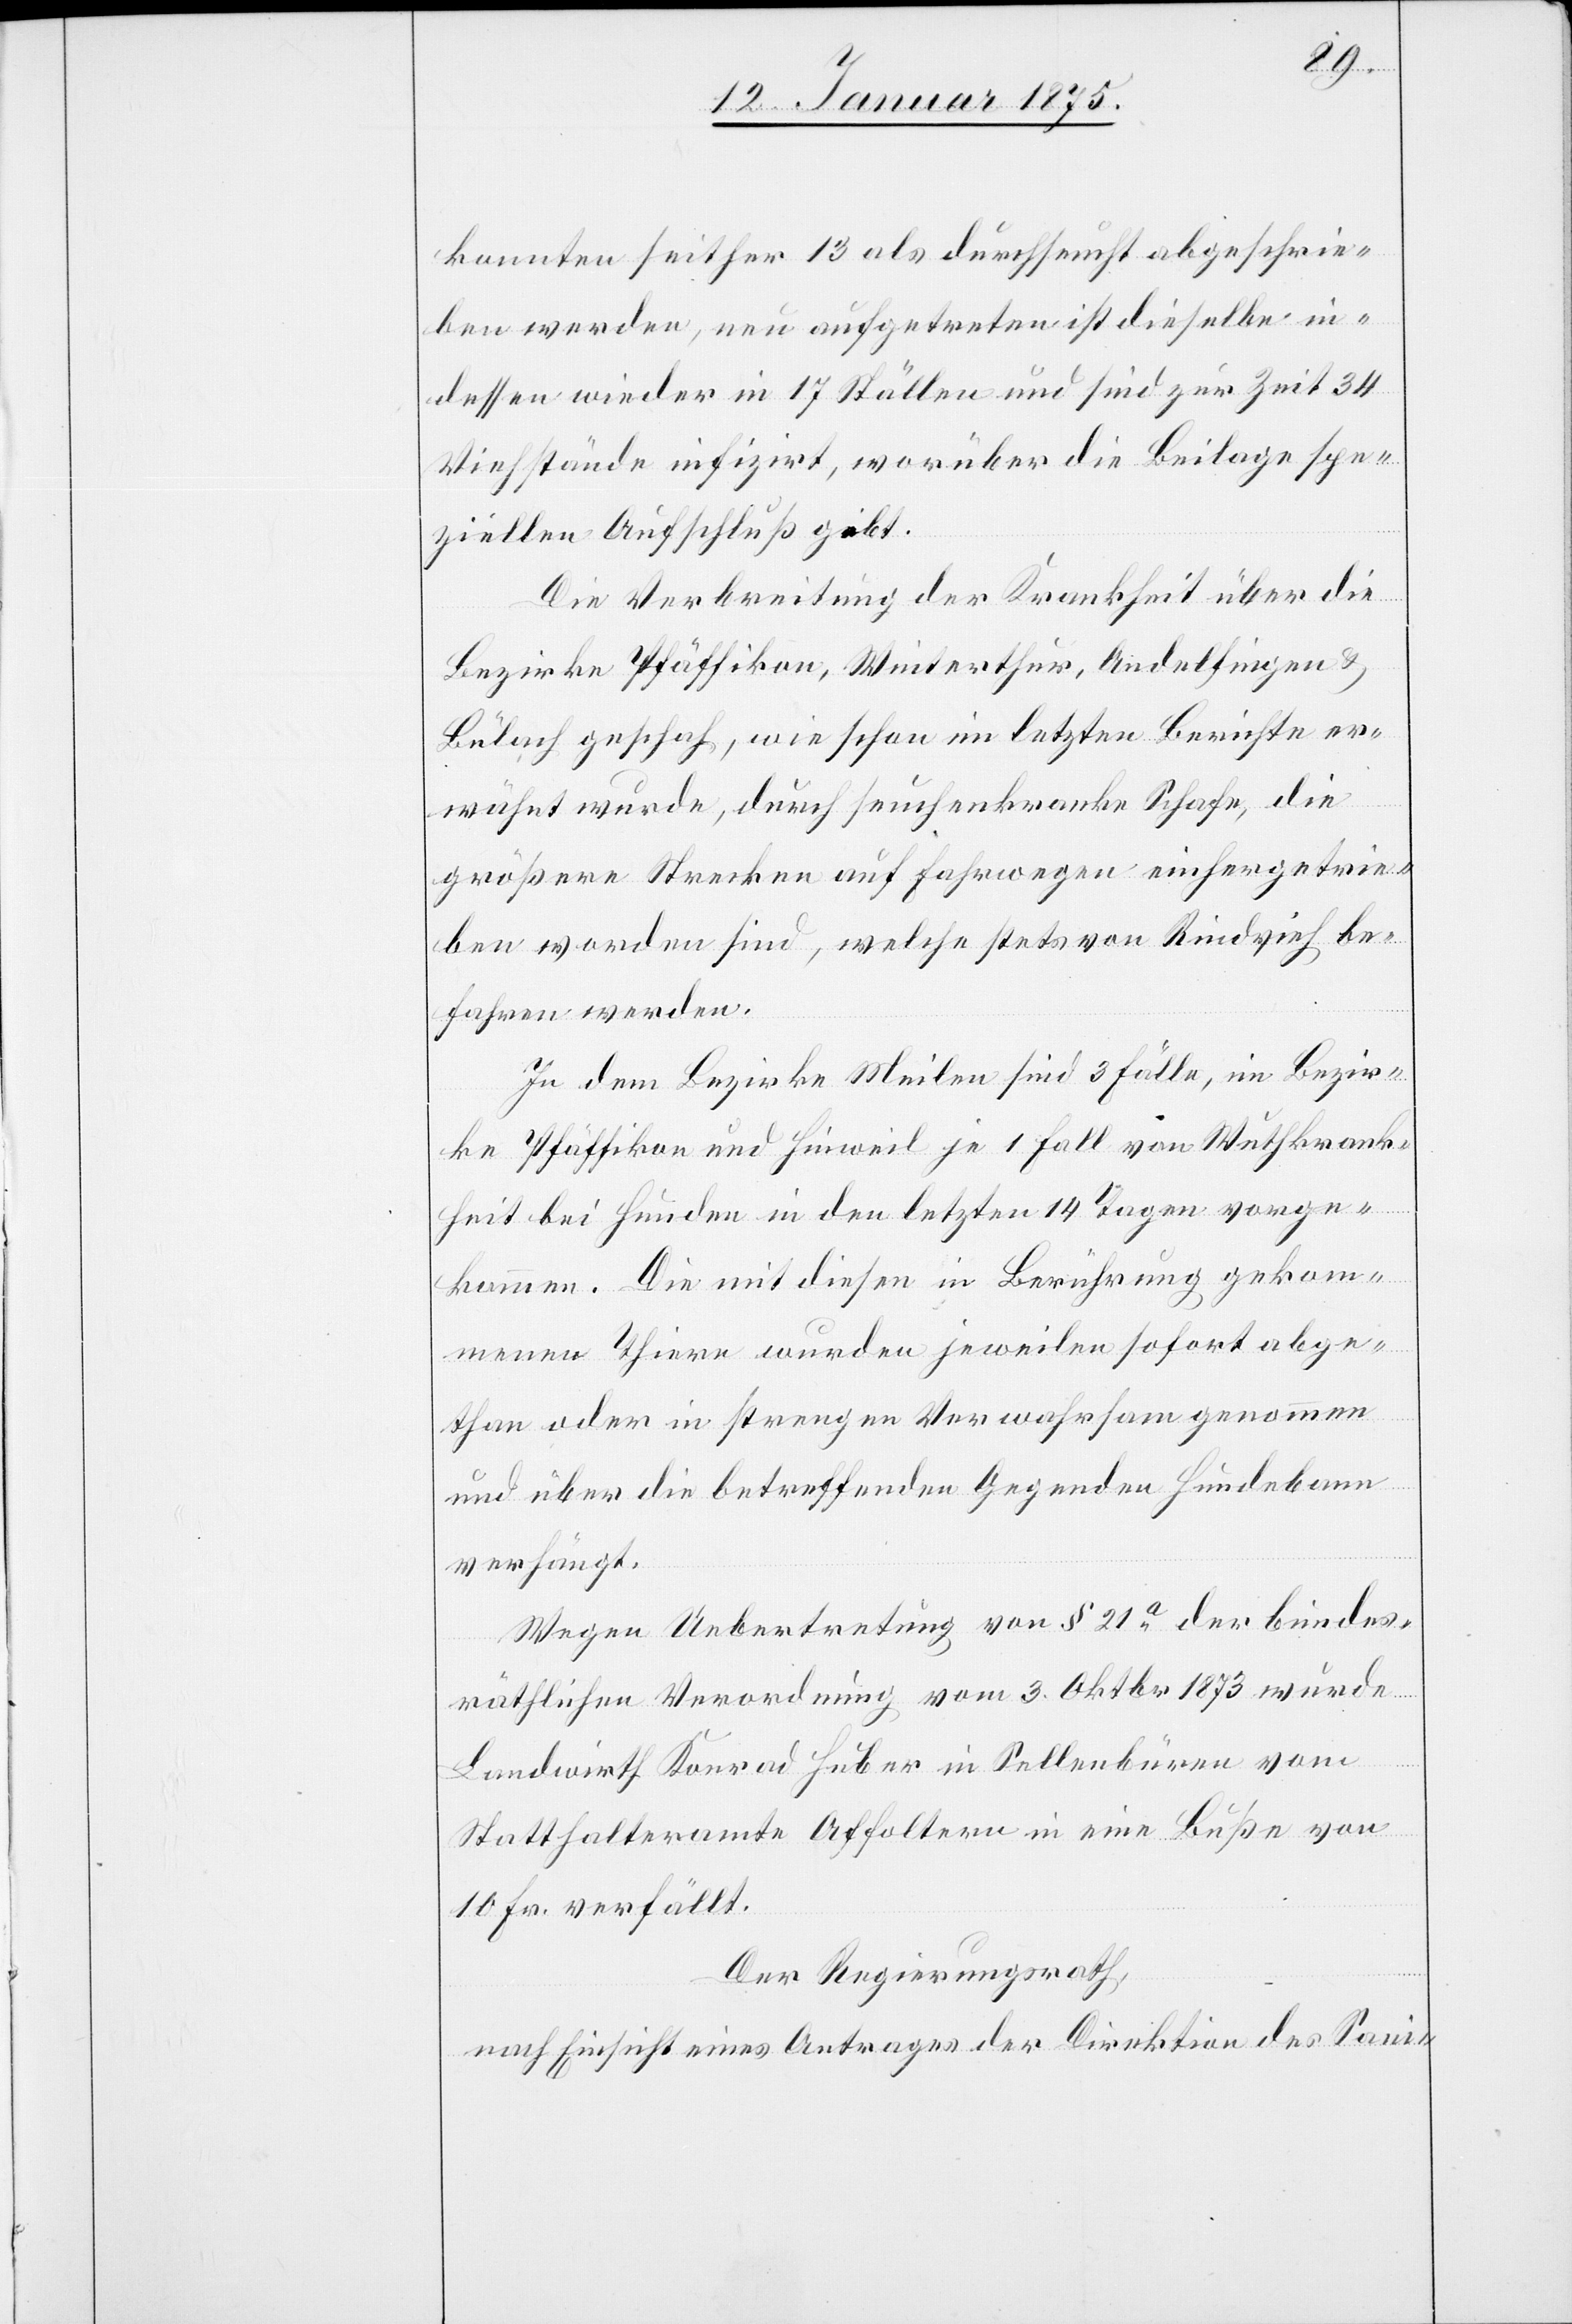
konnten seither 13 als durchseucht abgeschrie¬
ben werden, neu aufgetreten ist dieselbe in¬
dessen wieder in 17 Ställen und sind zur Zeit 34
Viehstände infizirt, worüber die Beilage spe¬
ziellen Aufschluß gibt.
Die Verbreitung der Krankheit über die
Bezirke Pfäffikon, Winterthur, Andelfingen &
Bülach geschah, wie schon im letzten Berichte er¬
wähnt wurde, durch seuchenkranke Schafe, die
größere Strecken auf Fahrwegen einhergetrie¬
ben worden sind, welche stets von Rindvieh be¬
fahren werden.
In dem Bezirke Meilen sind 3 Fälle, im Bezir¬
ke Pfäffikon und Hinweil je 1 Fall von Wuthkrank¬
heit bei Hunden in den letzten 14 Tagen vorge¬
kommen. Die mit diesen in Berührung gekom¬
menen Thiere wurden jeweilen sofort abge¬
than oder in strengen Verwahrsam genommen
und über die betreffenden Gegenden Hundebann
verhängt.
Wegen Uebertretung von § 21a der bundes¬
räthlichen Verordnung vom 3. Oktobr 1873 wurde
Landwirth Konrad Huber in Sellenbüren vom
Statthalteramte Affoltern in eine Buße von
10 Fr. verfällt.
Der Regierungsrath
nach Einsicht eines Antrages der Direktion des Sani-